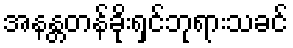
အနန္တတန်ခိုးရှင်ဘုရားသခင်